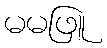
မမဖြူ